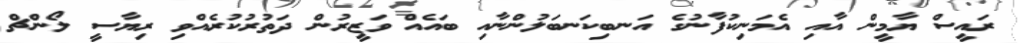
ރައީސް ޔާމީން އާއި އެމަނިކުފާނުގެ އަނބިކަނބަލުންނާއި ބައެއް ވަޒީރުން ދަތުރުކުރެއްވި ރިޔާސީ ލޯންޗް